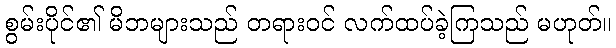
စွမ်းပိုင်၏ မိဘများသည် တရားဝင် လက်ထပ်ခဲ့ကြသည် မဟုတ်။